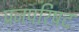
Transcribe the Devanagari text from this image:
प्रजपरिषद